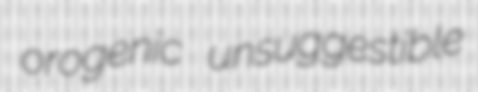
orogenic unsuggestible